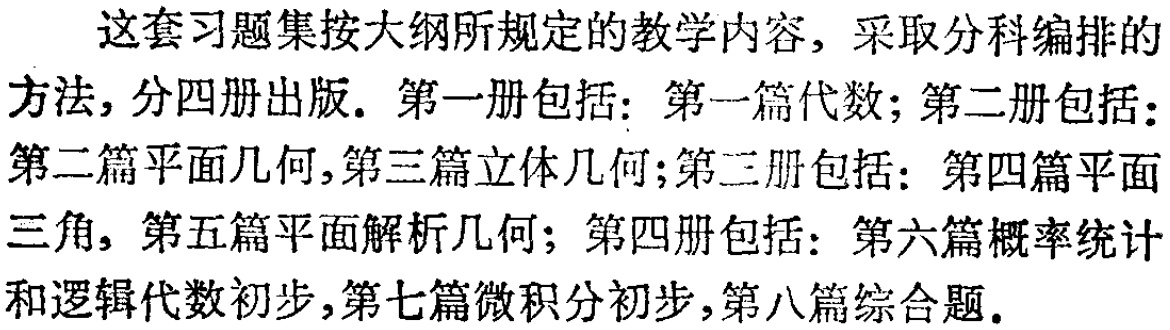
这套习题集按大纲所规定的教学内容，采取分科编排的方法，分四册出版。第一册包括：第一篇代数；第二册包括：第二篇平面几何，第三篇立体几何；第三册包括：第四篇平面三角，第五篇平面解析几何；第四册包括：第六篇概率统计和逻辑代数初步，第七篇微积分初步，第八篇综合题。